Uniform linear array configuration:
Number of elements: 32
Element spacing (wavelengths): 0.25
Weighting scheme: hamming
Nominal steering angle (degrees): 0
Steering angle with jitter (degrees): -0.319
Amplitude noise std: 0.05
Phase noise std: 0.05

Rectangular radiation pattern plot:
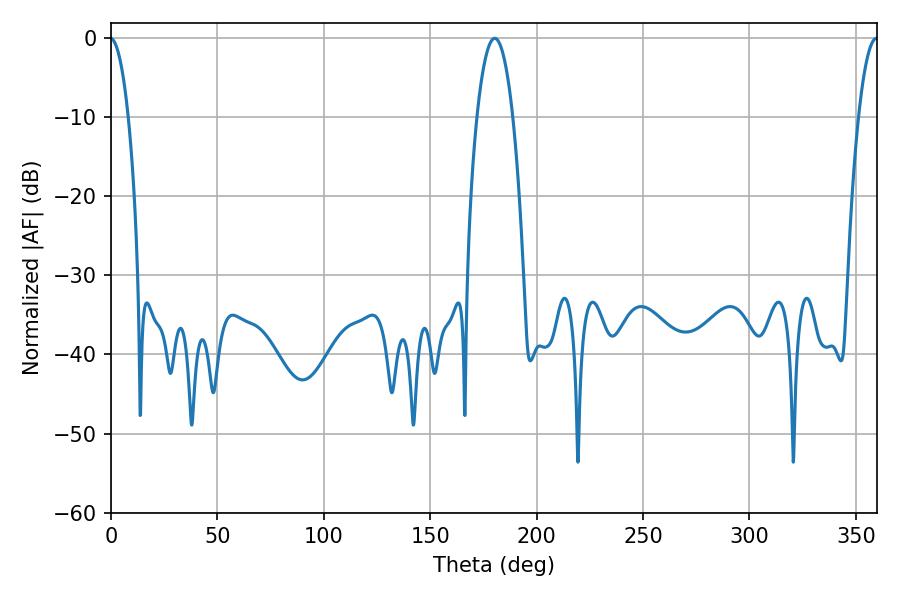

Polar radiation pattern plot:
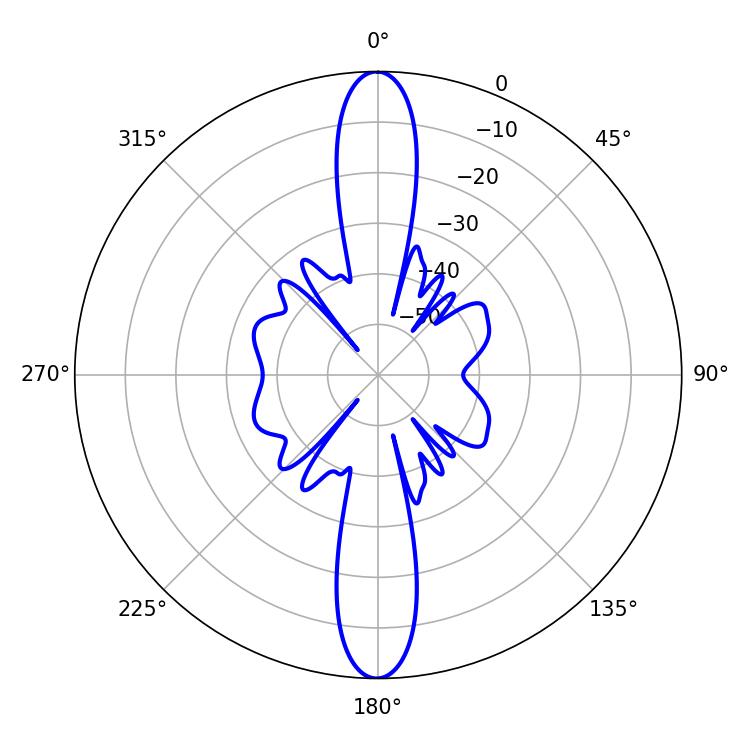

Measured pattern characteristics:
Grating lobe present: FALSE
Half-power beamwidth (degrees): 9.36
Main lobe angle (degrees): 180.36